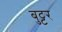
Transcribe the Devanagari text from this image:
बुट्टर